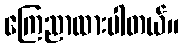
ကြေညာထားပါတယ်။